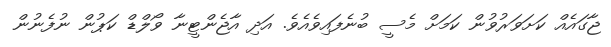
ޖާގައެއް ކަށަވަރުވުން ކަމަށް މެސީ ބުނެފައިވެއެވެ. އަދި އާޖެންޓީނާ ވޯލްޑް ކަޕުން ނުފެނުން